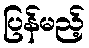
ပြန်မည့်